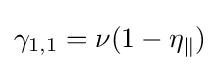
\gamma _{1,1}=\nu (1-\eta _{\parallel })